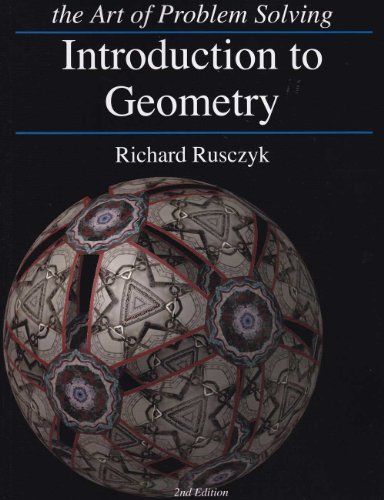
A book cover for Introduction to Geometry, 2nd Edition (The Art of Problem Solving); Richard Rusczyk; Teen & Young Adult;